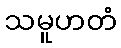
သမူဟတံ